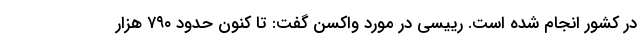
در کشور انجام شده است. رییسی در مورد واکسن گفت: تا کنون حدود ۷۹۰ هزار